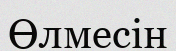
Өлмесін